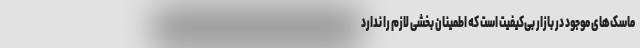
ماسک‌های موجود در بازار بی‌کیفیت است که اطمینان بخشی لازم را ندارد